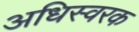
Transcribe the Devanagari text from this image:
अधिस्वरक